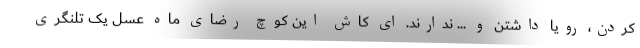
کردن، رویا داشتن و ... ندارند. ای کاش این کوچ رضای ماه عسل یک تلنگری